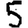
Digit: 5